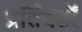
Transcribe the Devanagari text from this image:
प्रर्तिवर्तों